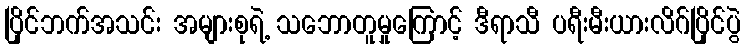
ပြိုင်ဘက်အသင်း အများစုရဲ့ သဘောတူမှုကြောင့် ဒီရာသီ ပရီးမီးယားလိဂ်ပြိုင်ပွဲ